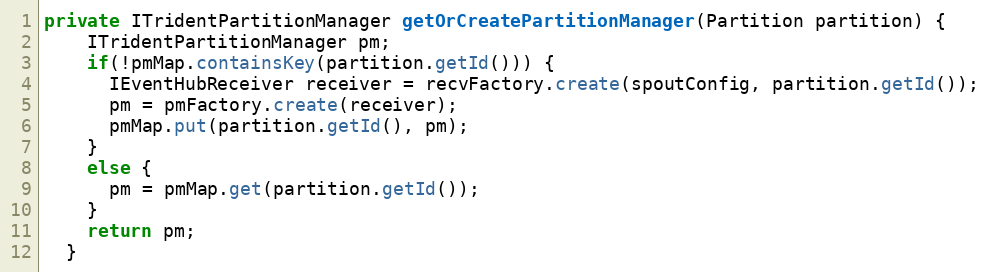
Language: Java
private ITridentPartitionManager getOrCreatePartitionManager(Partition partition) {
    ITridentPartitionManager pm;
    if(!pmMap.containsKey(partition.getId())) {
      IEventHubReceiver receiver = recvFactory.create(spoutConfig, partition.getId());
      pm = pmFactory.create(receiver);
      pmMap.put(partition.getId(), pm);
    }
    else {
      pm = pmMap.get(partition.getId());
    }
    return pm;
  }